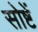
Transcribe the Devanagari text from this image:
सोष्टें